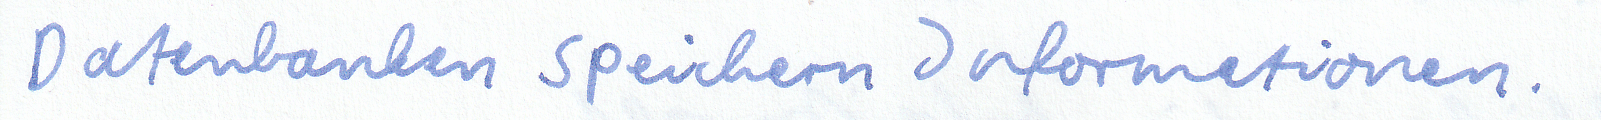
Datenbanken speichern Informationen.